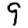
Digit: 9